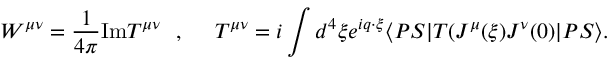
W ^ { \mu \nu } = { \frac { 1 } { 4 \pi } } \mathrm { I m } T ^ { \mu \nu } ~ ~ , ~ ~ ~ ~ T ^ { \mu \nu } = i \int d ^ { 4 } \xi e ^ { i q \cdot \xi } \langle P S | T ( J ^ { \mu } ( \xi ) J ^ { \nu } ( 0 ) | P S \rangle .